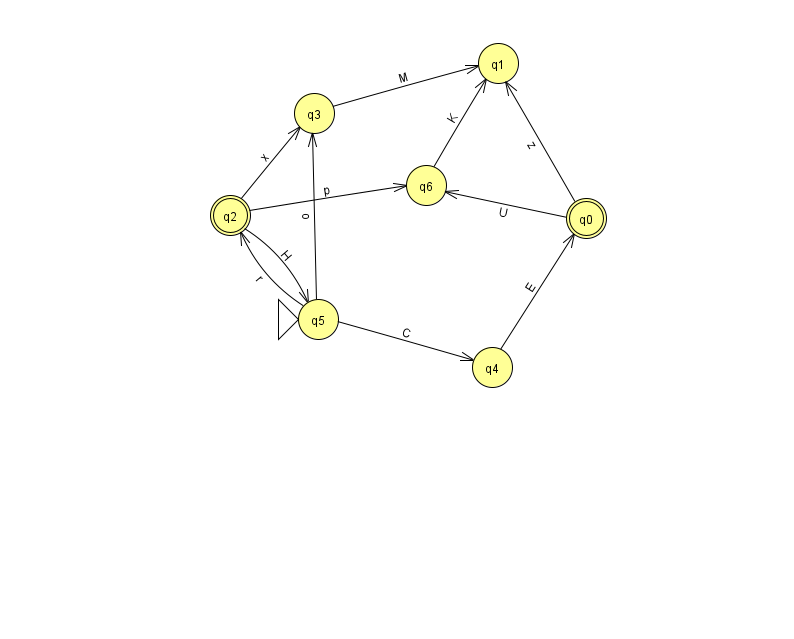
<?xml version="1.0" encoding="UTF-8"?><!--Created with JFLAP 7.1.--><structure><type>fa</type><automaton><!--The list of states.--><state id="0" name="q0"><x>586.0</x><y>205.0</y><final/></state><state id="1" name="q1"><x>498.0</x><y>50.0</y></state><state id="2" name="q2"><x>230.0</x><y>202.0</y><final/></state><state id="3" name="q3"><x>314.0</x><y>100.0</y></state><state id="4" name="q4"><x>492.0</x><y>354.0</y></state><state id="5" name="q5"><x>318.0</x><y>306.0</y><initial/></state><state id="6" name="q6"><x>426.0</x><y>172.0</y></state><!--The list of transitions.--><transition><from>2</from><to>3</to><read>x</read></transition><transition><from>2</from><to>5</to><read>H</read></transition><transition><from>5</from><to>4</to><read>C</read></transition><transition><from>4</from><to>0</to><read>E</read></transition><transition><from>0</from><to>6</to><read>U</read></transition><transition><from>2</from><to>6</to><read>p</read></transition><transition><from>5</from><to>2</to><read>r</read></transition><transition><from>6</from><to>1</to><read>K</read></transition><transition><from>0</from><to>1</to><read>z</read></transition><transition><from>5</from><to>3</to><read>o</read></transition><transition><from>3</from><to>1</to><read>M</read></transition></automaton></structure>